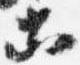
等